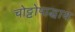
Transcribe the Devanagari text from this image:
चोट्टोपाद्धाय